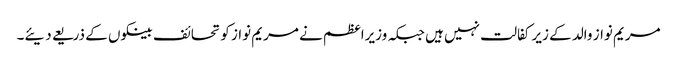
مریم نواز والد کے زیر کفالت نہیں ہیں جبکہ وزیراعظم نے مریم نواز کو تحائف بینکوں کے ذریعے دیئے۔